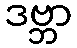
ဒဗ္ဘာ